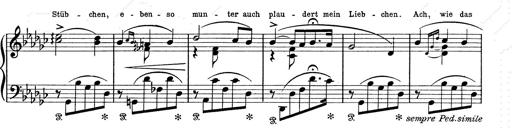
Title: 6 Polish Songs
Composer: Franz Liszt